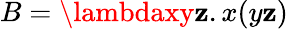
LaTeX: B=\lambdaxy\mathbf{z}.x(y\mathbf{z})